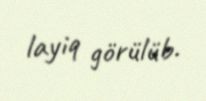
layiq görülüb.